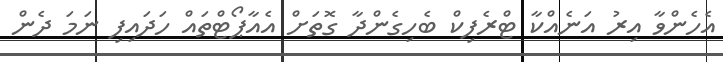
އެހެންވާ އިރު އަނެއްކާ ޓްރެފިކް ބެހިގެންދާ ގޮތަށް އެއާޕޯޓްތައް ހަދައިފި ނަމަ ދެން